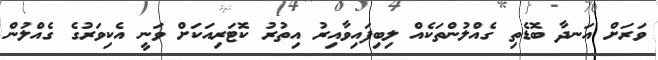
ވަރަށް އަނދާ ބޮޑެތި ގެއްލުންތަކެއް ލިބިފައިވާއިރު އިތުރު ކޮޓަރިއަކަށް ވަނީ އެކިވަރުގެ ގެއްލުން